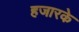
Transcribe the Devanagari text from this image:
हजारके